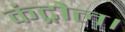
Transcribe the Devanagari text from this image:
कंट्रोल।